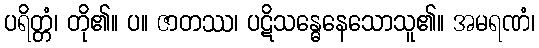
ပရိတ္တံ၊ တို၏။ ပ။ ဇာတဿ၊ ပဋိသန္ဓေနေသောသူ၏။ အမရဏံ၊